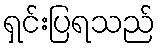
ရှင်းပြရသည်